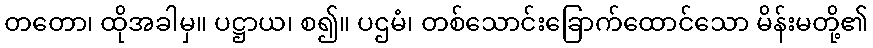
တတော၊ ထိုအခါမှ။ ပဋ္ဌာယ၊ စ၍။ ပဌမံ၊ တစ်သောင်းခြောက်ထောင်သော မိန်းမတို့၏